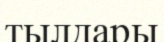
тылдары